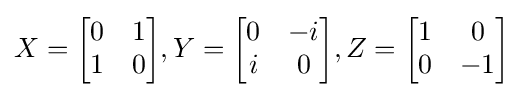
X={\begin{bmatrix}0&1\\1&0\end{bmatrix}},Y={\begin{bmatrix}0&-i\\i&0\end{bmatrix}},Z={\begin{bmatrix}1&0\\0&-1\end{bmatrix}}